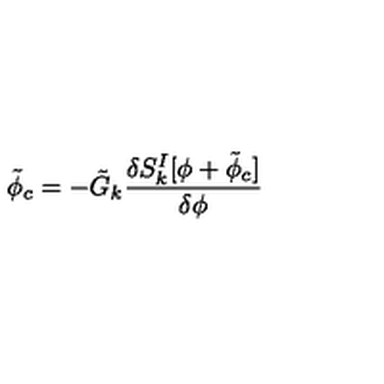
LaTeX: { \tilde { \phi } } _ { c } = - { \tilde { G } } _ { k } { \frac { \delta S _ { k } ^ { I } [ \phi + { \tilde { \phi } _ { c } } ] } { \delta \phi } }